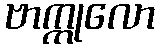
ဗာက္ကုလော